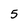
Character: 5